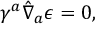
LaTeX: \gamma ^ { a } \hat { \nabla } _ { a } \epsilon = 0 ,